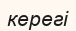
керегі